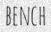
BENCH